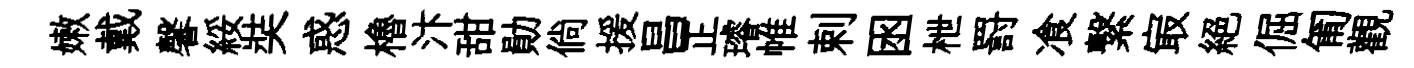
嫩戴馨綏奘惑櫓汴甜勛倘援昌正璿帷剌囦枻罸飡繋㝡絶倔匍觀